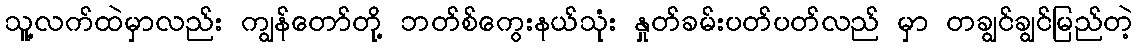
သူ့လက်ထဲမှာလည်း ကျွန်တော်တို့ ဘတ်စ်ကွေးနယ်သုံး နှုတ်ခမ်းပတ်ပတ်လည် မှာ တချွင်ချွင်မြည်တဲ့